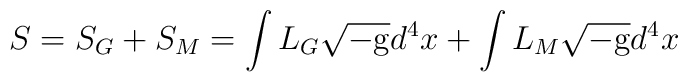
S=S_G+S_M=\int L_G \sqrt{-\rm g} d^4x + \int L_M \sqrt{-\rm g} d^4x\